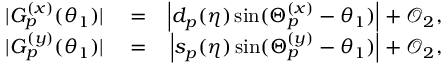
\begin{array} { r l r } { \vert G _ { p } ^ { ( x ) } ( \theta _ { 1 } ) \vert } & { { } = } & { \left\vert d _ { p } ( \eta ) \sin ( \Theta _ { p } ^ { ( x ) } - \theta _ { 1 } ) \right\vert + \mathcal { O } _ { 2 } , } \\ { \vert G _ { p } ^ { ( y ) } ( \theta _ { 1 } ) \vert } & { { } = } & { \left\vert s _ { p } ( \eta ) \sin ( \Theta _ { p } ^ { ( y ) } - \theta _ { 1 } ) \right\vert + \mathcal { O } _ { 2 } , } \end{array}